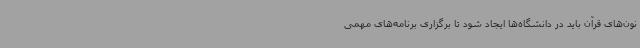
نون‌های قرآن باید در دانشگاه‌ها ایجاد شود تا برگزاری برنامه‌های مهمی